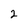
Character: 2